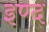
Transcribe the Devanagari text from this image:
इण्द